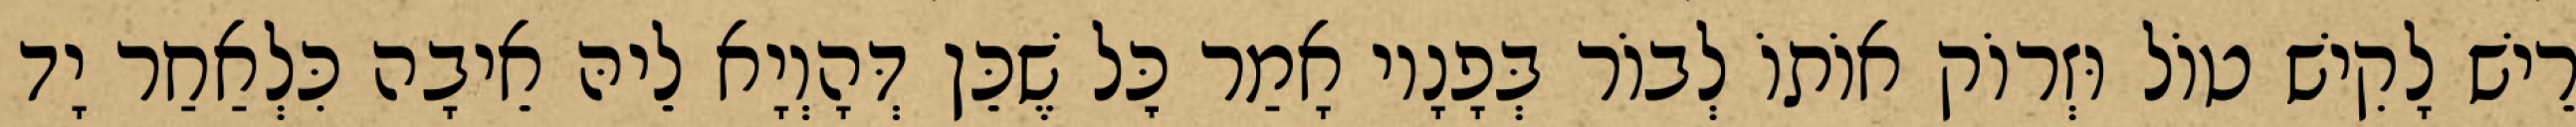
רֵישׁ לָקִישׁ טוֹל וּזְרוֹק אוֹתוֹ לְבוֹר בְּפָנָיו אָמַר כׇּל שֶׁכֵּן דְּהָוְיָא לֵיהּ אֵיבָה כִּלְאַחַר יָד